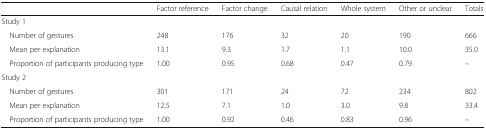
<table><thead><tr><td></td><td><b>Factor reference</b></td><td><b>Factor change</b></td><td><b>Causal relation</b></td><td><b>Whole system</b></td><td><b>Other or unclear</b></td><td><b>Totals</b></td></tr></thead><tbody><tr><td colspan="7">Study 1</td></tr><tr><td> Number of gestures</td><td>248</td><td>176</td><td>32</td><td>20</td><td>190</td><td>666</td></tr><tr><td> Mean per explanation</td><td>13.1</td><td>9.3</td><td>1.7</td><td>1.1</td><td>10.0</td><td>35.0</td></tr><tr><td> Proportion of participants producing type</td><td>1.00</td><td>0.95</td><td>0.68</td><td>0.47</td><td>0.79</td><td>–</td></tr><tr><td colspan="7">Study 2</td></tr><tr><td> Number of gestures</td><td>301</td><td>171</td><td>24</td><td>72</td><td>234</td><td>802</td></tr><tr><td> Mean per explanation</td><td>12.5</td><td>7.1</td><td>1.0</td><td>3.0</td><td>9.8</td><td>33.4</td></tr><tr><td> Proportion of participants producing type</td><td>1.00</td><td>0.92</td><td>0.46</td><td>0.83</td><td>0.96</td><td>–</td></tr></tbody></table>